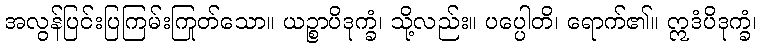
အလွန်ပြင်းပြကြမ်းကြုတ်သော။ ယဉ္စာပိဒုက္ခံ၊ သို့လည်း။ ပပ္ပေါတိ၊ ရောက်၏။ ဣဒံပိဒုက္ခံ၊